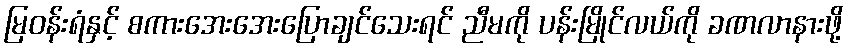
မြဝန်းရံနှင့် စကားအေးအေးပြောချင်သေးရင် ညီမကို ပန်းမြိုင်လယ်ကို ခဏလာနားဖို့